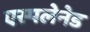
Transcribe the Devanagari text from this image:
एस्पलेनेड